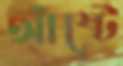
আঁষ্টে